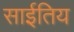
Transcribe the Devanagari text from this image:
साईतिय